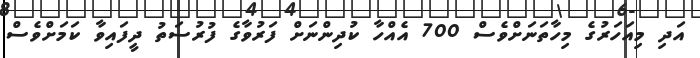
އަދި މިއަހަރުގެ މިހާތަނަށްވެސް 700 އެއްހާ ކުދިންނަށް ފަރުވާގެ ފުރުސަތު ދީފައިވާ ކަަމަށްވެސް